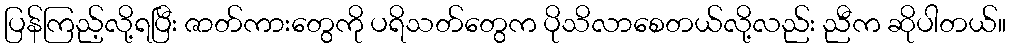
ပြန်ကြည့်လို့ရပြီး ဇာတ်ကားတွေကို ပရိသတ်တွေက ပိုသိလာစေတယ်လို့လည်း ညီက ဆိုပါတယ်။